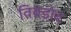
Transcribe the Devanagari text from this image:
विबडोद